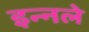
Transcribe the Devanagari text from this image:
इन्नले